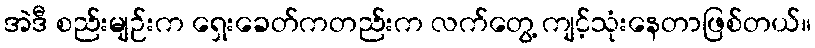
အဲဒီ စည်းမျဉ်းက ရှေးခေတ်ကတည်းက လက်တွေ့ ကျင့်သုံးနေတာဖြစ်တယ်။